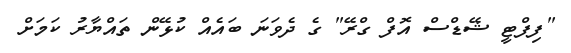
"ފިފްޓީ ޝޭޑްސް އޮފް ގްރޭ" ގެ ދެވަނަ ބައެއް ކުޅޭން ތައްޔާރު ކަމަށް